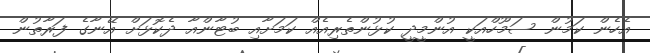
އެހެން ކަމުން ސަމޫހްއަކީ އުންމީދީ ކުޅުންތެރިއެއް ކަމަށާއި ބުޓާންއާ ދެކޮޅަށް އޭނާގެ ފަރާތުން